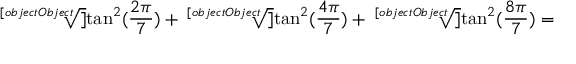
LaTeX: { \sqrt [ [object Object] ] { \tan ^ { 2 } ( { \frac { 2 \pi } { 7 } } ) } } + { \sqrt [ [object Object] ] { \tan ^ { 2 } ( { \frac { 4 \pi } { 7 } } ) } } + { \sqrt [ [object Object] ] { \tan ^ { 2 } ( { \frac { 8 \pi } { 7 } } ) } } =